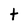
Character: t